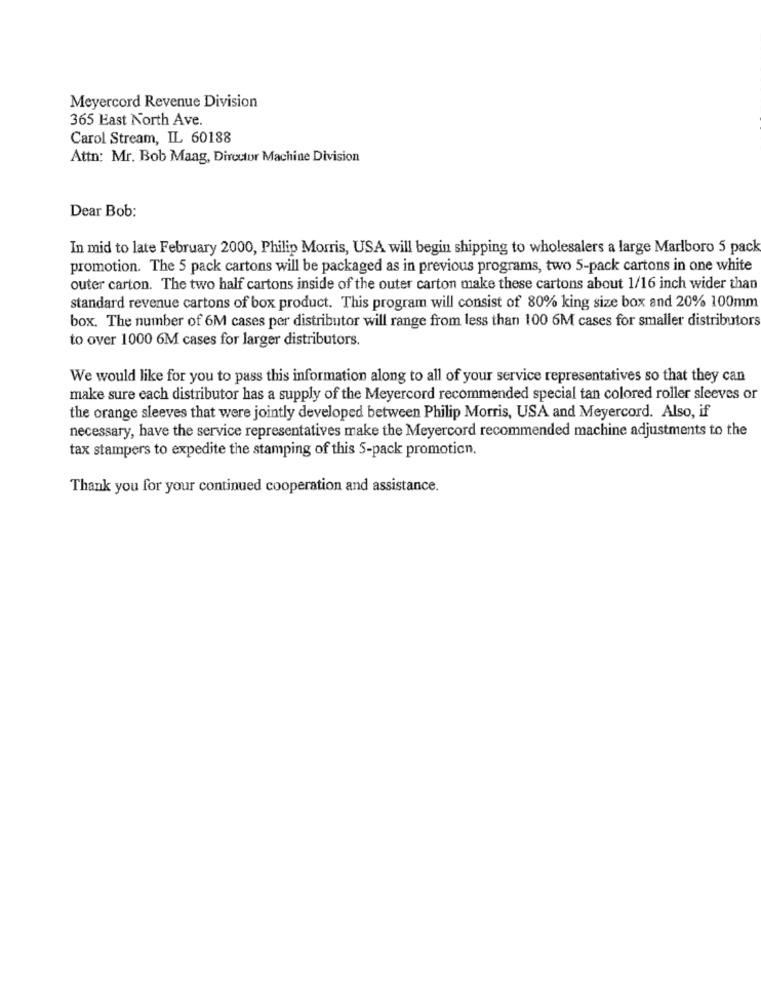
Meyercord Revenue Division
365 East North Ave.
Carol Stream, IL 60188
Attn: Mr. Bob Maag, Director Machine Division
Dear Bob:
In mid to late February 2000, Philip Morris, USA will begin shipping to wholesalers a large Marlboro 5 pack
promotion. The 5 pack cartons will be packaged as in previous programs, two 5-pack cartons in one white
outer carton. The two half cartons inside of the outer carton make these cartons about 1/16 inch wider than
standard revenue cartons of box product. This program will consist of 80% king size box and 20% 100mm
box. The number of 6M cases per distributor will range from less than 100 6M cases for smaller distributors
to over 1000 6M cases for larger distributors.
We would like for you to pass this information along to all of your service representatives so that they can
make sure each distributor has a supply of the Meyercord recommended special tan colored roller sleeves or
the orange sleeves that were jointly developed between Philip Morris, USA and Meyercord. Also, if
necessary, have the service representatives make the Meyercord recommended machine adjustments to the
tax stampers to expedite the stamping of this 5-pack promotion.
Thank you for your continued cooperation and assistance.